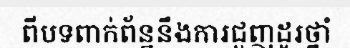
ពីបទពាក់ព័ន្ឋនឹងការជួញដូរថ្នាំ